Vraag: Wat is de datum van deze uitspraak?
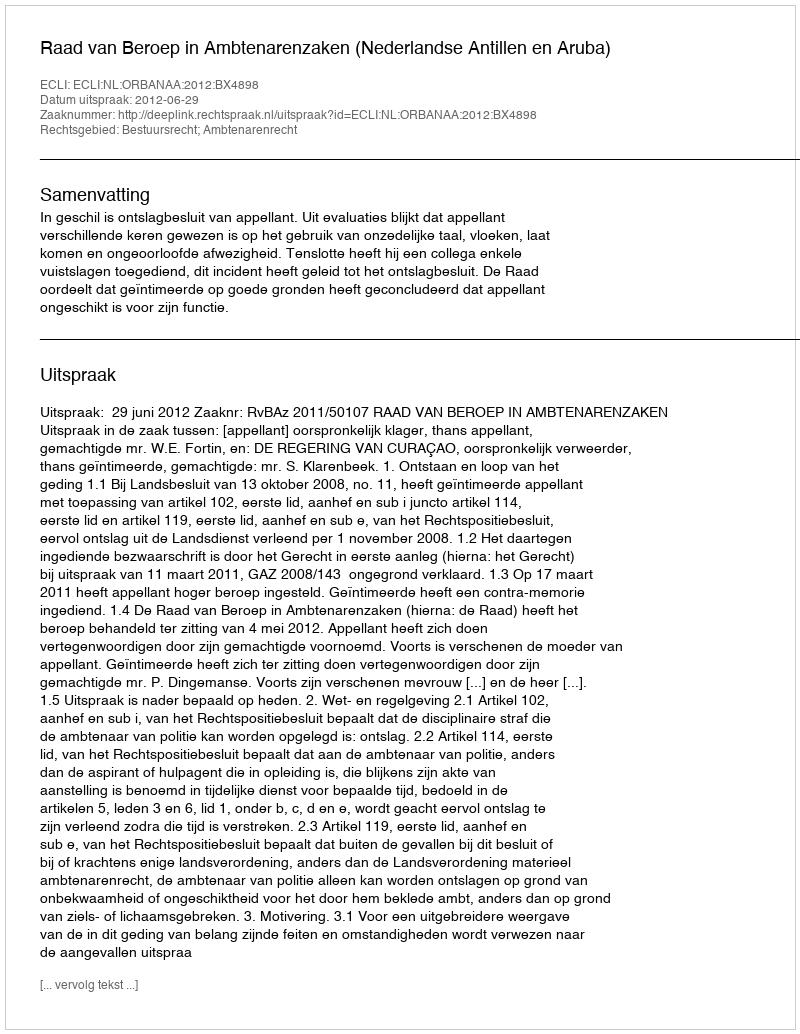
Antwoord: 2012-06-29